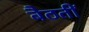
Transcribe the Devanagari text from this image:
बैठतीं